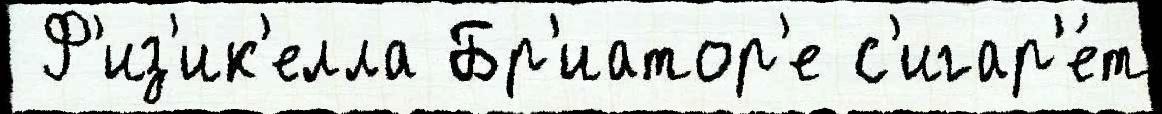
 Ф'из'ик'елла Бр'иатор'е с'игар'е́т